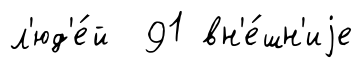
л'юд'е́й 91 вн'е́шн'иjе